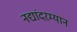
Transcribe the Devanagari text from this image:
नद्यांदरम्यान